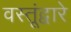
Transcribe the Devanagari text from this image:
वस्तूंद्वारे